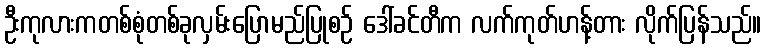
ဦးကုလားကတစ်စုံတစ်ခုလှမ်းပြောမည်ပြုစဉ် ဒေါ်ခင်တီက လက်ကုတ်ဟန့်တား လိုက်ပြန်သည်။